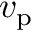
v _ { \mathrm { p } }